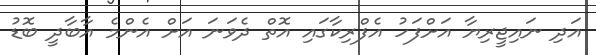
އަދި ނައިޖީރިޔާ އަށްފަހު އެފްރިކާގައި އޮތް ދެވަނަ އަށް އެންމެ އާބާދީ ބޮޑު